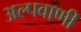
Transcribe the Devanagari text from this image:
अल्पवाणी